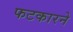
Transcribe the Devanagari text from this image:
फटकारने